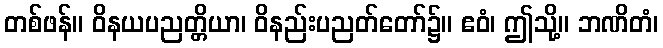
တစ်ဖန်။ ဝိနယပညတ္တိယာ၊ ဝိနည်းပညတ်တော်၌။ ဧဝံ၊ ဤသို့။ ဘဏိတံ၊